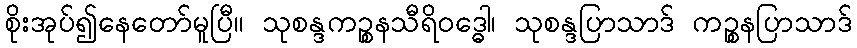
စိုးအုပ်၍နေတော်မူပြီ။ သုစန္ဒကဉ္စနသီရိဝဒ္ဓေါ၊ သုစန္ဒပြာသာဒ် ကဉ္စနပြာသာဒ်